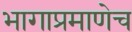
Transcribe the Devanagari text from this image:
भागाप्रमाणेच